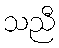
သညီ